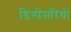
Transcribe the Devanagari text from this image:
डिस्पेंसरियों